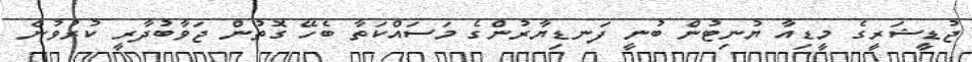
ޖުޑީޝަރީގެ މީޑިއާ ޔުނިޓުން ބުނީ ފަނޑިޔާރުންގެ މަސައްކަތާ ބެހޭ ގޮތުން ޖަވާބުދާރީ ކުރުވުން